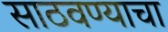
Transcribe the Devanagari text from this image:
साठवण्याचा